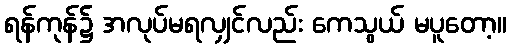
ရန်ကုန်၌ အလုပ်မရလျှင်လည်း ကေသွယ် မပူတော့။